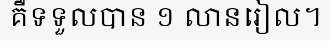
គឺទទួលបាន ១ លានរៀល។